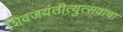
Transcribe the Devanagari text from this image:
शिवजयंतीत्युत्सवाचा